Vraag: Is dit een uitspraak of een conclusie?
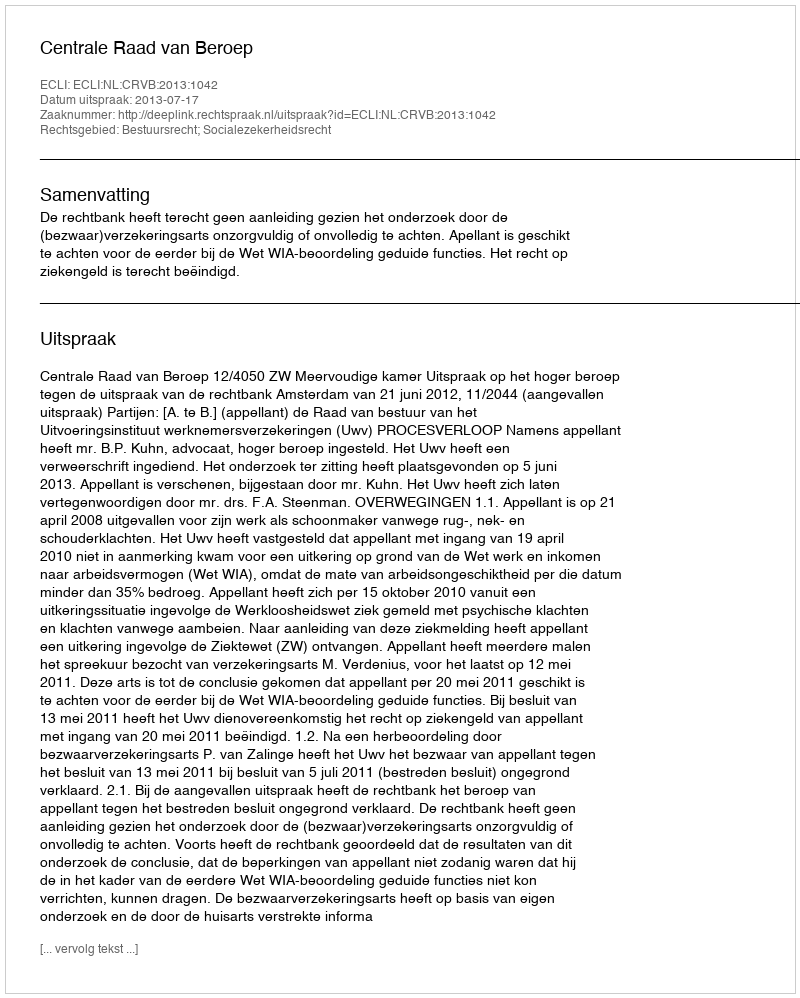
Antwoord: Uitspraak